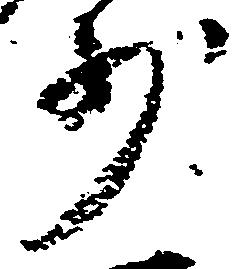
少